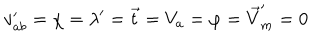
v _ { a b } ^ { \prime } = \chi = \lambda ^ { \prime } = \vec { t } = V _ { a } = \varphi = \vec { V } _ { m } ^ { \prime } = 0